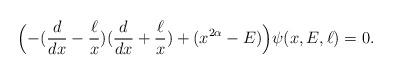
LaTeX: \begin{align*} \Bigl( -(\frac{d}{dx}-\frac{\ell}{x})(\frac{d}{dx}+\frac{\ell}{x}) + (x^{2 \alpha} -E)\Bigr ) \psi(x,E,\ell) = 0.\end{align*}